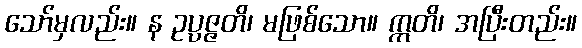
သော်မှလည်း။ န ဥပ္ပဇ္ဇတိ၊ မဖြစ်သော။ ဣတိ၊ အပြီးတည်း။